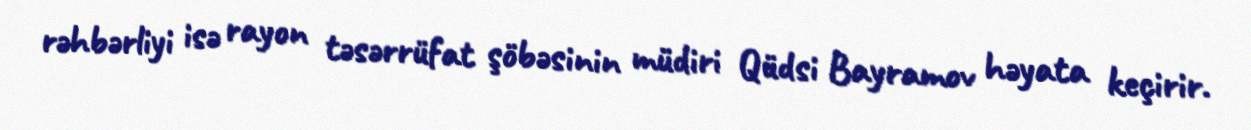
rəhbərliyi isə rayon təsərrüfat şöbəsinin müdiri Qüdsi Bayramov həyata keçirir.